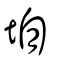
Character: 壩